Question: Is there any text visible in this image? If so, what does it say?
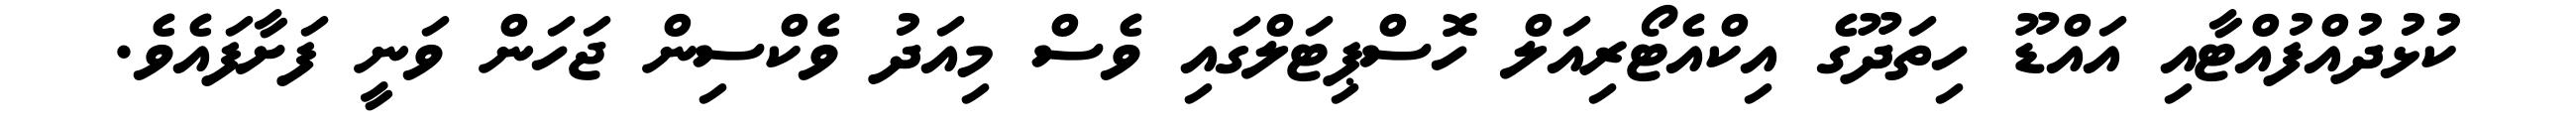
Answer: ކުޅުދުއްފުއްޓާއި އައްޑޫ ހިތަދޫގެ އިކްއެޓޯރިއަލް ހޮސްޕިޓަލްގައި ވެސް މިއަދު ވެކްސިން ޖަހަން ވަނީ ފަށާފައެވެ.